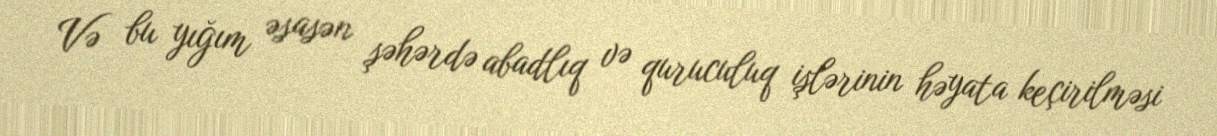
Və bu yığım əsasən şəhərdə abadlıq və quruculuq işlərinin həyata keçirilməsi